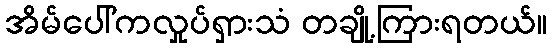
အိမ်ပေါ်ကလှုပ်ရှားသံ တချို့ကြားရတယ်။